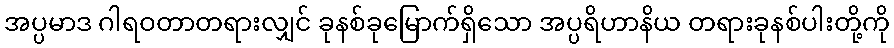
အပ္ပမာဒ ဂါရဝတာတရားလျှင် ခုနစ်ခုမြောက်ရှိသော အပ္ပရိဟာနိယ တရားခုနစ်ပါးတို့ကို